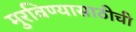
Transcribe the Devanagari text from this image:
मुरविण्यासाठीची